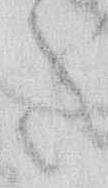
た